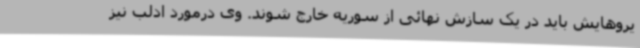
یروهایش باید در یک سازش نهائی از سوریه خارج شوند. وی درمورد ادلب نیز